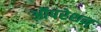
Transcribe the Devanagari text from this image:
ऑपरेशन्